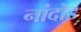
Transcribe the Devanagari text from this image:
नांदोड